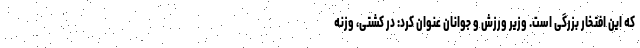
که این افتخار بزرگی است. وزیر ورزش و جوانان عنوان کرد: در کشتی، وزنه